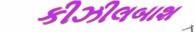
કીઝીલબાશ